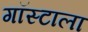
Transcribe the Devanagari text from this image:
गॉस्टाला